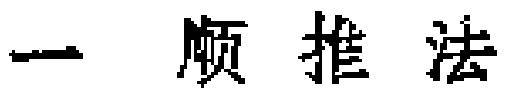
一  顺推法